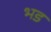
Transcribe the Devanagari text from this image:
भड